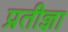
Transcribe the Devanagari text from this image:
प्रतीज्ञा